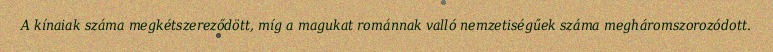
A kínaiak száma megkétszereződött, míg a magukat románnak valló nemzetiségűek száma megháromszorozódott.